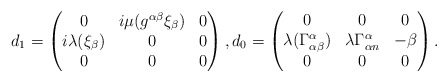
\begin{align*} d_1= \begin{pmatrix} 0 & i\mu(g^{\alpha\beta}\xi_\beta) & 0\\ i\lambda (\xi_\beta) & 0 & 0\\ 0 & 0 & 0 \end{pmatrix}, d_0= \begin{pmatrix} 0 & 0 & 0\\ \lambda (\Gamma^\alpha_{\alpha\beta}) & \lambda \Gamma^\alpha_{\alpha n} & -\beta\\ 0 & 0 & 0 \end{pmatrix}.\end{align*}